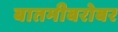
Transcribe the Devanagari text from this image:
बातमीबरोबर